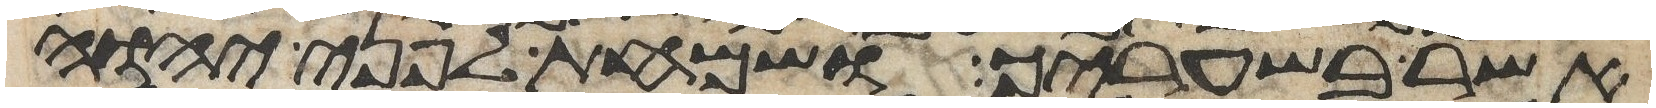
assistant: אשר בשעריך ושמחת לפני יהוה